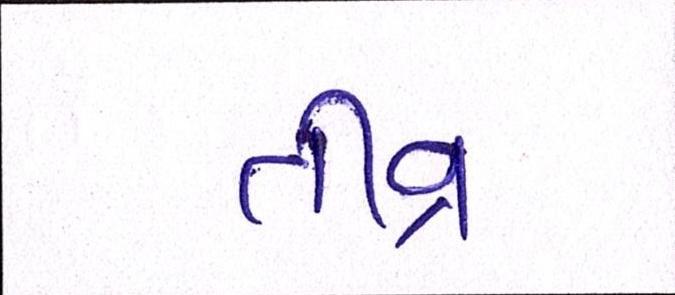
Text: તીવ્ર